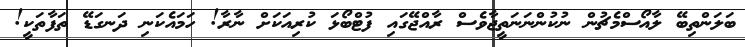
ބަލަންތިބޭ ލާއޯސްމެޗުން ނުކުންނަނަތީޖާވެސް ރާއްޖޭގައި ފުޓްބޯޅަ ކުރިއަކަށް ނާރާ! ހަމައެކަނި ދަނގަޑޭ ތަފާތަކީ!